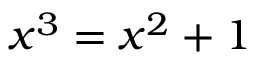
x ^ { 3 } = x ^ { 2 } + 1